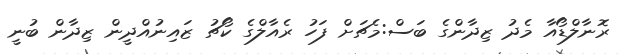
ރޮނާލްޑޯއާ މެދު ޒިދާންގެ ބަސް:މެޗަށް ފަހު ރެއާލްގެ ކޯޗު ޒައިނުއްދީން ޒިދާން ބުނީ